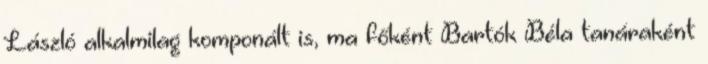
László alkalmilag komponált is, ma főként Bartók Béla tanáraként